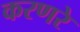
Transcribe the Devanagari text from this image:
करणरे